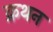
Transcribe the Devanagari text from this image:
क्रथन